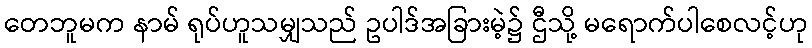
တေဘူမက နာမ် ရုပ်ဟူသမျှသည် ဥပါဒ်အခြားမဲ့၌ ဌီသို့ မရောက်ပါစေလင့်ဟု